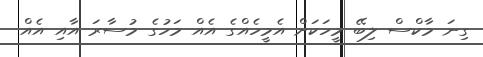
ގިނަ މާކްސް ލިބޭ މީހަކަށް އެމީހެއްގެ އެއް މަހުގެ މުސާރަ އާއި އެއް